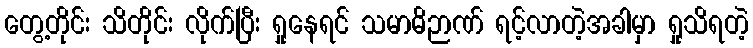
တွေ့တိုင်း သိတိုင်း လိုက်ပြီး ရှုနေရင် သမာဓိဉာဏ် ရင့်လာတဲ့အခါမှာ ရှုသိရတဲ့